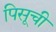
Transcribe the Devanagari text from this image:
पिसूची